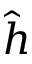
\hat { h }